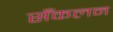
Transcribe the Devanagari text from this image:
सँकलन